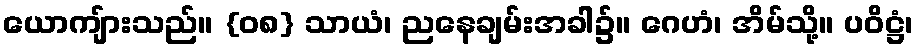
ယောကျ်ားသည်။ {၀၈} သာယံ၊ ညနေချမ်းအခါ၌။ ဂေဟံ၊ အိမ်သို့။ ပဝိဋ္ဌံ၊